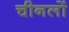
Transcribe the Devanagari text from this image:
चीनलों